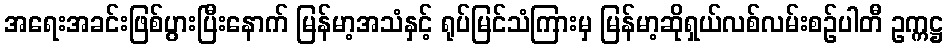
အရေးအခင်းဖြစ်ပွားပြီးနောက် မြန်မာ့အသံနှင့် ရုပ်မြင်သံကြားမှ မြန်မာ့ဆိုရှယ်လစ်လမ်းစဉ်ပါတီ ဥက္ကဋ္ဌ